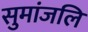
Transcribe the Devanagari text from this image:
सुमांजलि